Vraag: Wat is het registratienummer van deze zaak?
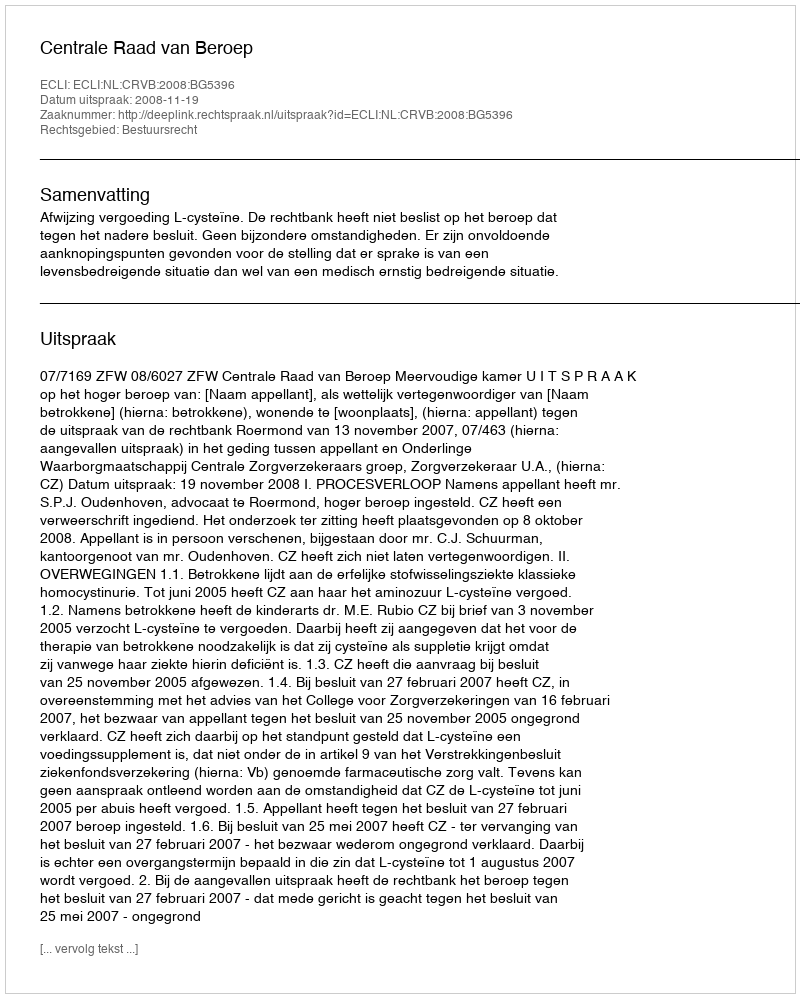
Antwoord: http://deeplink.rechtspraak.nl/uitspraak?id=ECLI:NL:CRVB:2008:BG5396